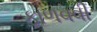
ફાળવવી